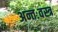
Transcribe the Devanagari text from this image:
अन्तःवस्त्र